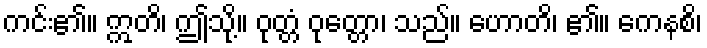
ကင်း၏။ ဣတိ၊ ဤသို့။ ဝုတ္တံ ဝုတ္တော၊ သည်။ ဟောတိ၊ ၏။ ကေနစိ၊